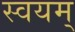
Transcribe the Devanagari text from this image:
स्वयम्‌